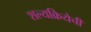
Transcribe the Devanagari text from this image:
शल्यक्रियेची